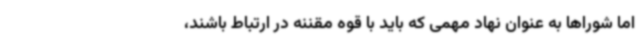
اما شوراها به عنوان نهاد مهمی که باید با قوه مقننه در ارتباط باشند،